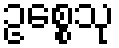
ဥစ္စေသု